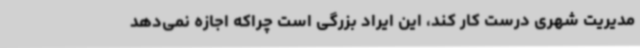
مدیریت شهری درست‌ کار کند، این ایراد بزرگی است چراکه اجازه نمی‌دهد